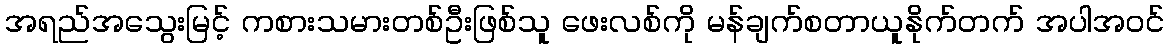
အရည်အသွေးမြင့် ကစားသမားတစ်ဦးဖြစ်သူ ဖေးလစ်ကို မန်ချက်စတာယူနိုက်တက် အပါအဝင်